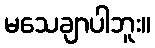
မသေချာပါဘူး။